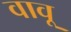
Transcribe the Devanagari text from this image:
वावू